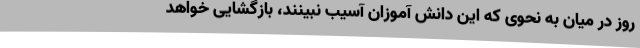
روز در میان به نحوی که این دانش آموزان آسیب نبینند، بازگشایی خواهد